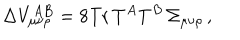
LaTeX: \Delta V _ { \mu \nu \rho } ^ { A B } = 8 \mathrm { T r } \, T ^ { A } T ^ { B } \, \Sigma _ { \mu \nu \rho } \, ,